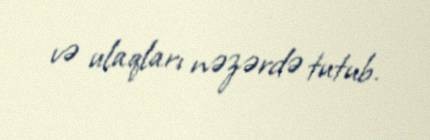
və ulaqları nəzərdə tutub.